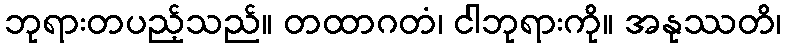
ဘုရားတပည့်သည်။ တထာဂတံ၊ ငါဘုရားကို။ အနုဿတိ၊